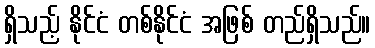
ရှိသည့် နိုင်ငံ တစ်နိုင်ငံ အဖြစ် တည်ရှိသည်။